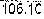
106.10